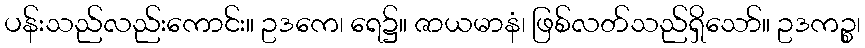
ပန်းသည်လည်းကောင်း။ ဥဒကေ၊ ရေ၌။ ဇာယမာနံ၊ ဖြစ်လတ်သည်ရှိသော်။ ဥဒကဉ္စ၊